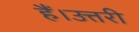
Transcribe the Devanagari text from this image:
हैं।उत्तरी